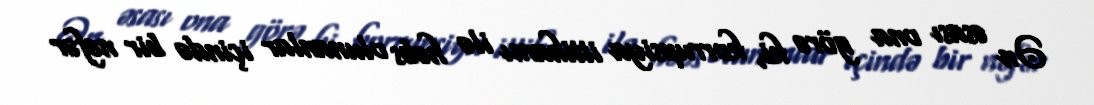
Ən əsası ona görə ki, korrupsiya ittihamı ilə həbs olunanlar içində bir nəfər